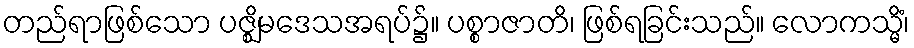
တည်ရာဖြစ်သော ပဇ္ဈိမဒေသအရပ်၌။ ပစ္စာဇာတိ၊ ဖြစ်ရခြင်းသည်။ လောကသ္မိံ၊